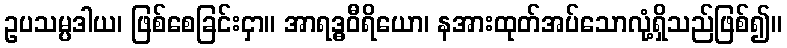
ဥပသမ္ပဒါယ၊ ဖြစ်စေခြင်းငှာ။ အာရဒ္ဓဝီရိယော၊ နအားထုတ်အပ်သောလုံ့ရှိသည်ဖြစ်၍။